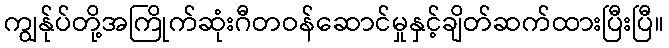
ကျွန်ုပ်တို့အကြိုက်ဆုံးဂီတဝန်ဆောင်မှုနှင့်ချိတ်ဆက်ထားပြီးပြီ။